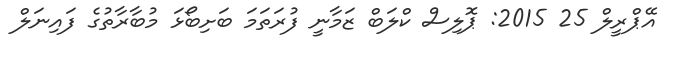
އޭޕްރީލް 25 2015: ޕޮލިސް ކްލަބް ޒަމާނީ ފުރަތަމަ ބަށިބޯޅަ މުބާރާތުގެ ފައިނަލް